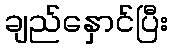
ချည်နှောင်ပြီး